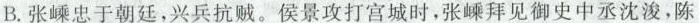
B.张嵊忠于朝廷，兴兵抗贼。侯景攻打宫城时，张嵊拜见御史中丞沈浚，陈